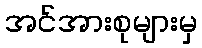
အင်အားစုများမှ